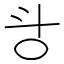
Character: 㪳